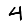
Digit: 4